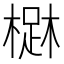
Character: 𣙳